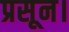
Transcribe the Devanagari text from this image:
प्रसून।